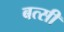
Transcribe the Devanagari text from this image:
बत्सी